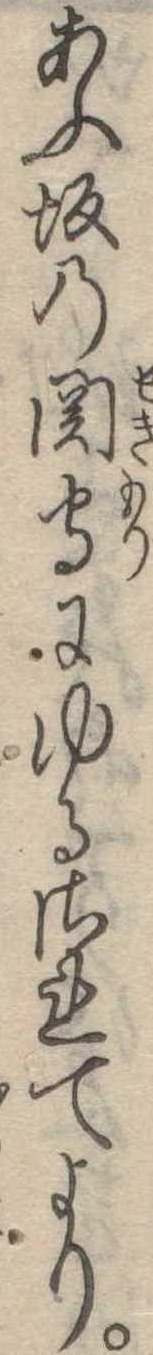
あふ坂の関守にゆるされてより